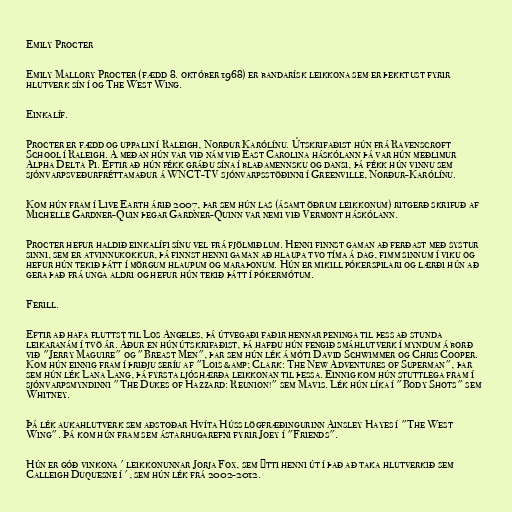
Emily Procter

Emily Mallory Procter (fædd 8. október 1968) er bandarísk leikkona sem er þekktust fyrir
hlutverk sín í og The West Wing.

Einkalíf.

Procter er fædd og uppalin í Raleigh, Norður Karólínu. Útskrifaðist hún frá Ravenscroft
School í Raleigh. Á meðan hún var við nám við East Carolina háskólann þá var hún meðlimur
Alpha Delta Pi. Eftir að hún fékk gráðu sína í blaðamennsku og dansi, þá fékk hún vinnu sem
sjónvarpsveðurfréttamaður á WNCT-TV sjónvarpsstöðinni í Greenville, Norður-Karólínu.

Kom hún fram í Live Earth árið 2007, þar sem hún las (ásamt öðrum leikkonum) ritgerð skrifuð af
Michelle Gardner-Quin þegar Gardner-Quinn var nemi við Vermont háskólann.

Procter hefur haldið einkalífi sínu vel frá fjölmiðlum. Henni finnst gaman að ferðast með systur
sinni, sem er atvinnukokkur, þá finnst henni gaman að hlaupa tvo tíma á dag, fimm sinnum í viku og
hefur hún tekið þátt í mörgum hlaupum og maraþonum. Hún er mikill pókerspilari og lærði hún að
gera það frá unga aldri og hefur hún tekið þátt í pókermótum.

Ferill.

Eftir að hafa fluttst til Los Angeles, þá útvegaði faðir hennar peninga til þess að stunda
leikaranám í tvö ár. Áður en hún útskrifaðist, þá hafðu hún fengið smáhlutverk í myndum á borð
við "Jerry Maguire" og "Breast Men", þar sem hún lék á móti David Schwimmer og Chris Cooper.
Kom hún einnig fram í þriðju seríu af "Lois &amp; Clark: The New Adventures of Superman", þar
sem hún lék Lana Lang, þá fyrsta ljóshærða leikkonan til þessa. Einnig kom hún stuttlega fram í
sjónvarpsmyndinni "The Dukes of Hazzard: Reunion!" sem Mavis. Lék hún líka í "Body Shots" sem
Whitney.

Þá lék aukahlutverk sem aðstoðar Hvíta Húss lögfræðingurinn Ainsley Hayes í "The West
Wing". Þá kom hún fram sem ástarhugarefni fyrir Joey í "Friends".

Hún er góð vinkona ' leikkonunnar Jorja Fox, sem ýtti henni út í það að taka hlutverkið sem
Calleigh Duquesne í ', sem hún lék frá 2002-2012.